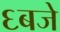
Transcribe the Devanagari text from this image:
६बजे